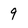
Character: 9